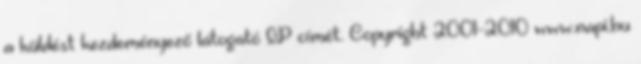
a küldést kezdeményező látogató IP címét. Copyright 2001-2010 www.napi.hu